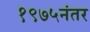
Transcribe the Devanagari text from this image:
१९७५नंतर